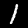
Digit: 1